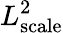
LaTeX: L_{\mathrm{scale}}^{2}